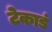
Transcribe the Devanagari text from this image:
टेकाडं